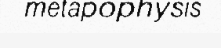
metapophysis